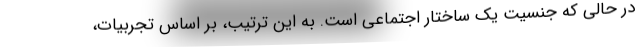
در حالی که جنسیت یک ساختار اجتماعی است. به این ترتیب، بر اساس تجربیات،